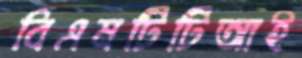
বিএমটিটিআই